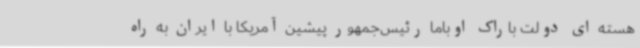
هسته ای دولت باراک اوباما رئیس‌جمهور پیشین آمریکا با ایران به راه